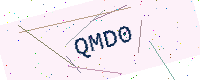
Text: QMD0